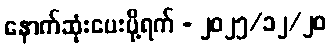
နောက်ဆုံးပေးပို့ရက် - ၂၀၂၅/၁၂/၂၀